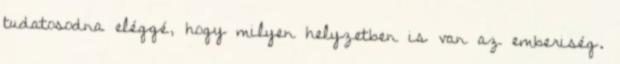
tudatosodna eléggé, hogy milyen helyzetben is van az emberiség.